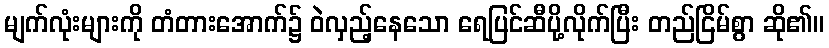
မျက်လုံးများကို တံတားအောက်၌ ဝဲလှည့်နေသော ရေပြင်ဆီပို့လိုက်ပြီး တည်ငြိမ်စွာ ဆို၏။